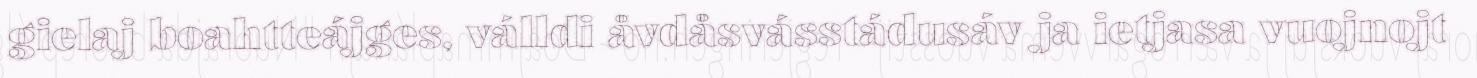
gielaj boahtteájges, válldi åvdåsvásstádusáv ja ietjasa vuojnojt